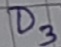
Text: D3